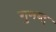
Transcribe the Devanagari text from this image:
गुमब्द